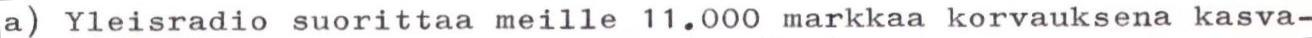
a) Yleisradio suorittaa meille 11.000 markkaa korvauksena kasva-